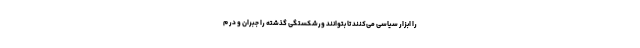
را ابزار سیاسی می‌‌کنند تا بتوانند ورشکستگی گذشته را جبران و در م